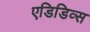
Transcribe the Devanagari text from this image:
एडिडिव्स